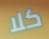
كلا